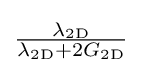
{\tfrac {\lambda _{\mathrm {2D} }}{\lambda _{\mathrm {2D} }+2G_{\mathrm {2D} }}}